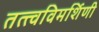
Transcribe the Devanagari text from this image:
तत्त्वविमर्शिणी